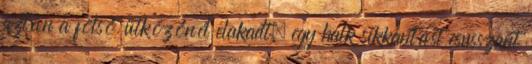
aztán a fölső ütközőnél elakadt, egy halk sikkantást csusszant